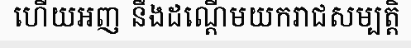
ហើយអញ នឹងដណ្តើមយករាជសម្បត្តិ